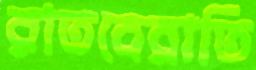
রাতবেরাতি